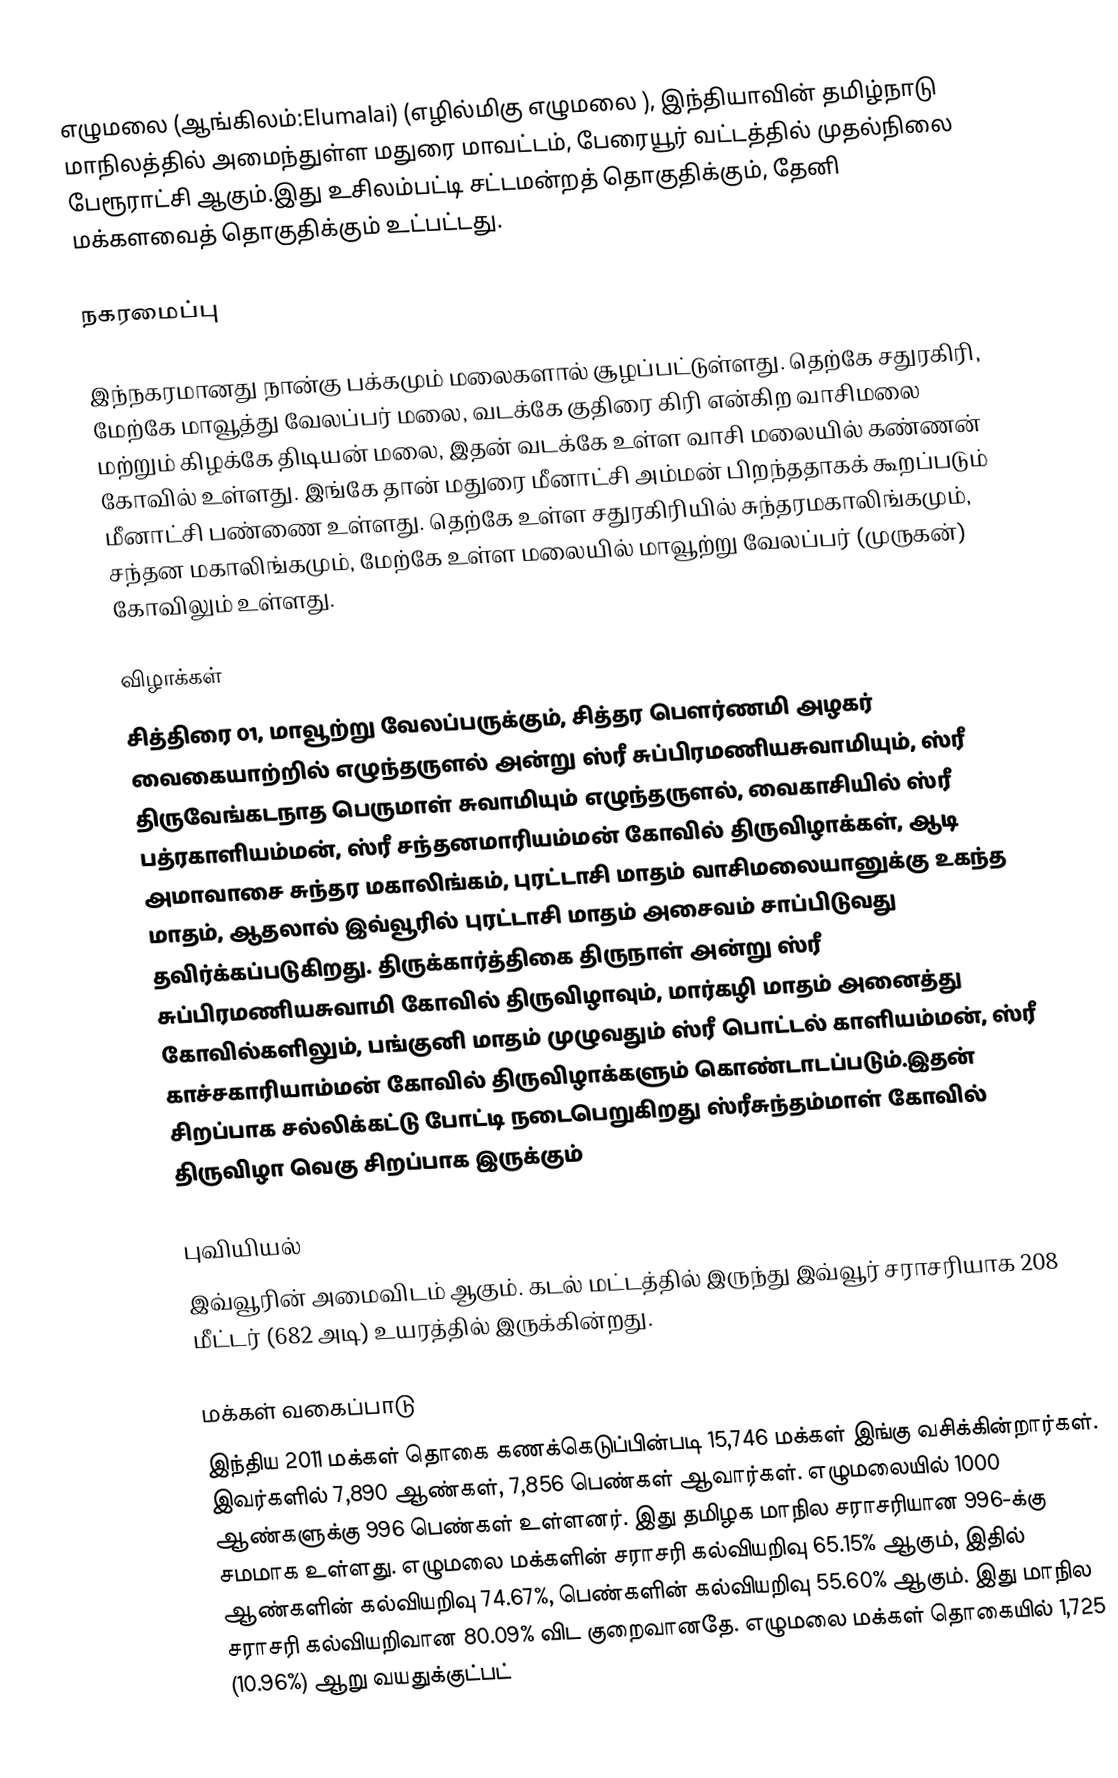
எழுமலை (ஆங்கிலம்:Elumalai) (எழில்மிகு எழுமலை ), இந்தியாவின் தமிழ்நாடு மாநிலத்தில் அமைந்துள்ள மதுரை மாவட்டம், பேரையூர் வட்டத்தில் முதல்நிலை பேரூராட்சி ஆகும்.இது உசிலம்பட்டி சட்டமன்றத் தொகுதிக்கும், தேனி மக்களவைத் தொகுதிக்கும் உட்பட்டது.

நகரமைப்பு

இந்நகரமானது நான்கு பக்கமும் மலைகளால் சூழப்பட்டுள்ளது. தெற்கே சதுரகிரி, மேற்கே மாவூத்து வேலப்பர் மலை, வடக்கே குதிரை கிரி என்கிற வாசிமலை மற்றும் கிழக்கே திடியன் மலை, இதன் வடக்கே உள்ள வாசி மலையில் கண்ணன் கோவில் உள்ளது. இங்கே தான் மதுரை மீனாட்சி அம்மன் பிறந்ததாகக் கூறப்படும் மீனாட்சி பண்ணை உள்ளது. தெற்கே உள்ள சதுரகிரியில் சுந்தரமகாலிங்கமும், சந்தன மகாலிங்கமும், மேற்கே உள்ள மலையில் மாவூற்று வேலப்பர் (முருகன்) கோவிலும் உள்ளது.

விழாக்கள்
சித்திரை 01, மாவூற்று வேலப்பருக்கும், சித்தர பௌர்ணமி அழகர் வைகையாற்றில் எழுந்தருளல் அன்று ஸ்ரீ சுப்பிரமணியசுவாமியும், ஸ்ரீ திருவேங்கடநாத பெருமாள் சுவாமியும் எழுந்தருளல், வைகாசியில் ஸ்ரீ பத்ரகாளியம்மன், ஸ்ரீ சந்தனமாரியம்மன் கோவில் திருவிழாக்கள், ஆடி அமாவாசை சுந்தர மகாலிங்கம், புரட்டாசி மாதம் வாசிமலையானுக்கு உகந்த மாதம், ஆதலால் இவ்வூரில் புரட்டாசி மாதம் அசைவம் சாப்பிடுவது தவிர்க்கப்படுகிறது. திருக்கார்த்திகை திருநாள் அன்று ஸ்ரீ சுப்பிரமணியசுவாமி கோவில் திருவிழாவும், மார்கழி மாதம் அனைத்து கோவில்களிலும், பங்குனி மாதம் முழுவதும் ஸ்ரீ பொட்டல் காளியம்மன், ஸ்ரீ காச்சகாரியாம்மன் கோவில் திருவிழாக்களும் கொண்டாடப்படும்.இதன் சிறப்பாக சல்லிக்கட்டு போட்டி நடைபெறுகிறது ஸ்ரீசுந்தம்மாள் கோவில் திருவிழா வெகு சிறப்பாக இருக்கும்

புவியியல்
இவ்வூரின் அமைவிடம்  ஆகும். கடல் மட்டத்தில் இருந்து இவ்வூர் சராசரியாக 208 மீட்டர் (682 அடி) உயரத்தில் இருக்கின்றது.

மக்கள் வகைப்பாடு
இந்திய 2011 மக்கள் தொகை கணக்கெடுப்பின்படி 15,746 மக்கள் இங்கு வசிக்கின்றார்கள். இவர்களில் 7,890 ஆண்கள், 7,856 பெண்கள் ஆவார்கள். எழுமலையில் 1000 ஆண்களுக்கு 996 பெண்கள் உள்ளனர். இது தமிழக மாநில சராசரியான 996-க்கு சமமாக உள்ளது. எழுமலை மக்களின் சராசரி கல்வியறிவு 65.15% ஆகும், இதில் ஆண்களின் கல்வியறிவு 74.67%, பெண்களின் கல்வியறிவு 55.60% ஆகும். இது மாநில சராசரி கல்வியறிவான 80.09% விட குறைவானதே. எழுமலை மக்கள் தொகையில் 1,725 (10.96%) ஆறு வயதுக்குட்பட்